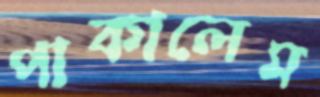
পাকালেম